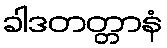
ခါဒတတ္တာနံ